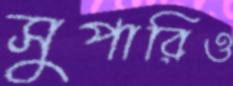
সুপারিও